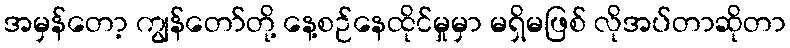
အမှန်တော့ ကျွန်တော်တို့ နေ့စဉ်နေထိုင်မှုမှာ မရှိမဖြစ် လိုအပ်တာဆိုတာ